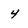
Character: 4